Plague in India, 1896, 1897 - Volume 3
Year: 1896
Disease focus: Plague
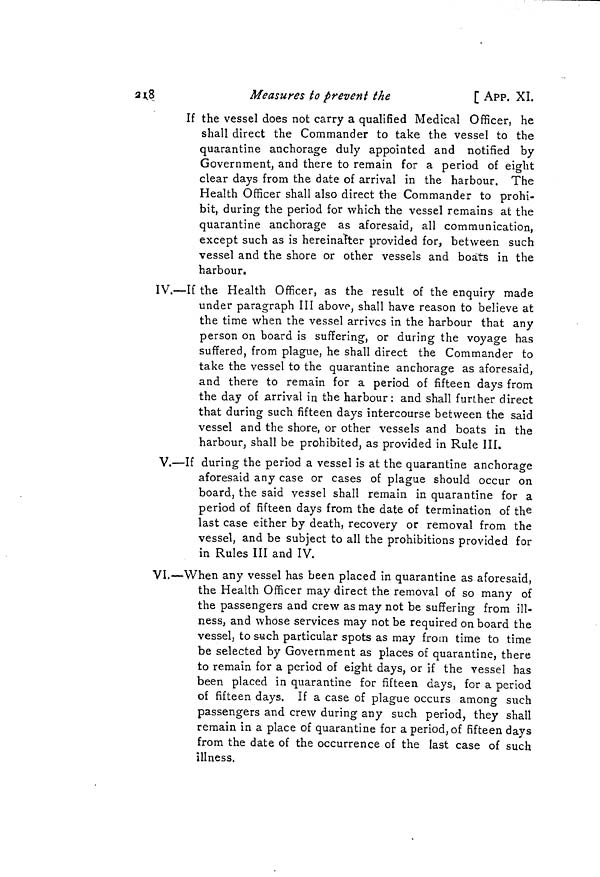
218
Measures to prevent the
[ APP. XI.
If the vessel does not carry a qualified Medical Officer, he
shall direct the Commander to take the vessel to the
quarantine anchorage duly appointed and notified by
Government, and there to remain for a period of eight
clear days from the date of arrival in the harbour. The
Health Officer shall also direct the Commander to prohi-
bit, during the period for which the vessel remains at the
quarantine anchorage as aforesaid, all communication,
except such as is hereinafter provided for, between such
vessel and the shore or other vessels and boats in the
harbour.
IV.—If the Health Officer, as the result of the enquiry made
under paragraph III above, shall have reason to believe at
the time when the vessel arrives in the harbour that any
person on board is suffering, or during the voyage has
suffered, from plague, he shall direct the Commander to
take the vessel to the quarantine anchorage as aforesaid,
and there to remain for a period of fifteen days from
the day of arrival in the harbour: and shall further direct
that during such fifteen days intercourse between the said
vessel and the shore, or other vessels and boats in the
harbour, shall be prohibited, as provided in Rule III.
V.—If during the period a vessel is at the quarantine anchorage
aforesaid any case or cases of plague should occur on
board, the said vessel shall remain in quarantine for a
period of fifteen days from the date of termination of the
last case either by death, recovery or removal from the
vessel, and be subject to all the prohibitions provided for
in Rules III and IV.
VI.—When any vessel has been placed in quarantine as aforesaid,
the Health Officer may direct the removal of so many of
the passengers and crew as may not be suffering from ill-
ness, and whose services may not be required on board the
vessel, to such particular spots as may from time to time
be selected by Government as places of quarantine, there
to remain for a period of eight days, or if the vessel has
been placed in quarantine for fifteen days, for a period
of fifteen days. If a case of plague occurs among such
passengers and crew during any such period, they shall
remain in a place of quarantine for a period, of fifteen days
from the date of the occurrence of the last case of such
illness.